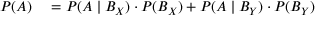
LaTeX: \begin{array} { r l } { P ( A ) } & { { } = P ( A \mid B _ { X } ) \cdot P ( B _ { X } ) + P ( A \mid B _ { Y } ) \cdot P ( B _ { Y } ) } \end{array}